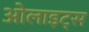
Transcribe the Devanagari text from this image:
ओलाइट्स